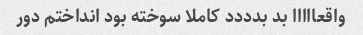
واقعااااا بد بدددد کاملا سوخته بود انداختم دور